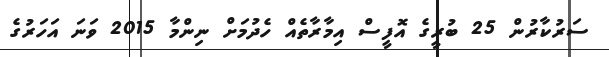
ސަރުކާރުން 25 ބުރީގެ އޮފީސް އިމާރާތެއް ހެދުމަށް ނިންމާ 2015 ވަނަ އަހަރުގެ